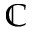
\mathbb { C }